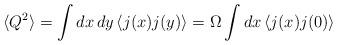
LaTeX: \begin{align*}\langle Q^2\rangle=\int dx\,dy\, \langle j(x)j(y)\rangle=\Omega\int dx\,\langle j(x)j(0)\rangle\end{align*}